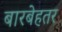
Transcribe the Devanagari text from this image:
बारबेहतर